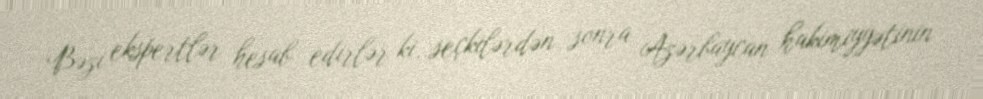
Bəzi ekspertlər hesab edirlər ki, seçkilərdən sonra Azərbaycan hakimiyyətinin